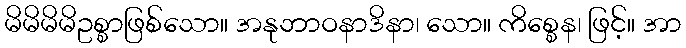
မိမိမိမိဥစ္စာဖြစ်သော။ အနုဘာဝနာဒိနာ၊ သော။ ကိစ္စေန၊ ဖြင့်။ အာ